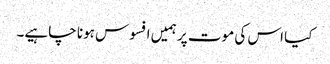
کیا اس کی موت پر ہمیں افسوس ہونا چاہیے۔